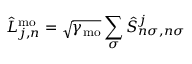
\hat { L } _ { j , n } ^ { \mathrm { m o } } = \sqrt { \gamma _ { \mathrm { m o } } } \sum _ { \sigma } \hat { S } _ { n \sigma , n \sigma } ^ { j }